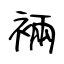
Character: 裲